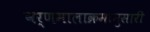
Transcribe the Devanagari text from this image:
वर्णमालाक्रमानुसारी